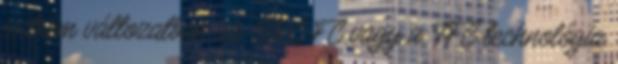
extrém változatban az ORC FC vagy a TFC technológia